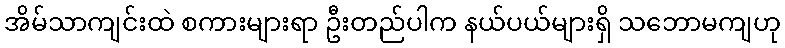
အိမ်သာကျင်းထဲ စကားများရာ ဦးတည်ပါက နယ်ပယ်များရှိ သဘောမကျဟု